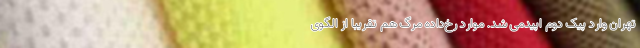
تهران وارد پیک دوم اپیدمی شد. موارد رخ‌داده مرگ هم تقریبا از الگوی